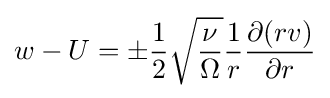
w-U=\pm {\frac {1}{2}}{\sqrt {\frac {\nu }{\Omega }}}{\frac {1}{r}}{\frac {\partial (rv)}{\partial r}}